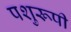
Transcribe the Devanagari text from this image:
पशुरूपी